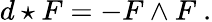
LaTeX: d\star F=-F\wedge F\ .